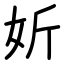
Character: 妡